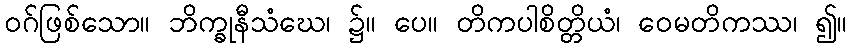
ဝဂ်ဖြစ်သော။ ဘိက္ခုနီသံဃေ၊ ၌။ ပေ။ တိကပါစိတ္တိယံ၊ ဝေမတိကဿ၊ ၍။